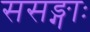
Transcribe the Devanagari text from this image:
ससङ्गाः